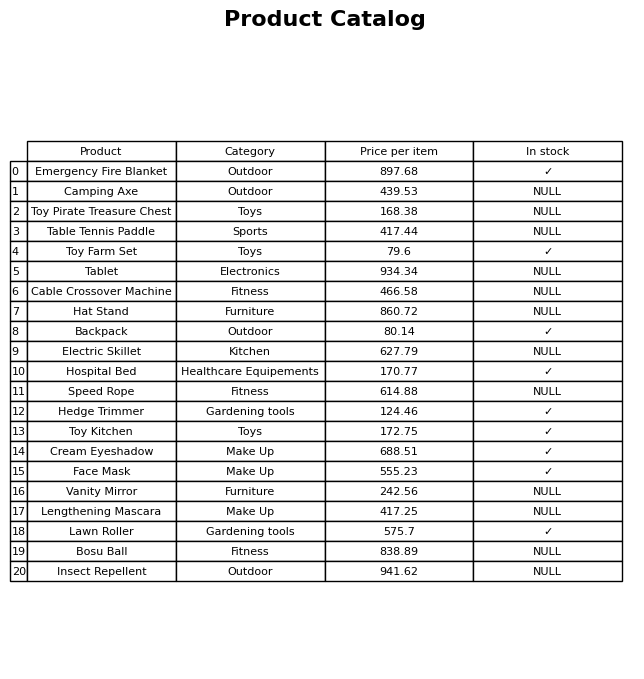
question: What is the price for Toy Kitchen?
answer: The price of Toy Kitchen is 172.75.